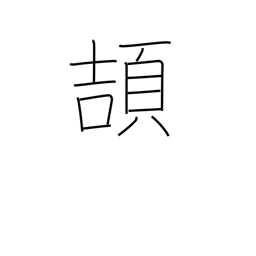
Meaning: take wing